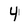
Character: 4